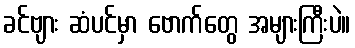
ခင်ဗျား ဆံပင်မှာ ဗောက်တွေ အများကြီးပဲ။